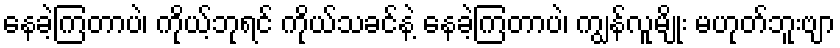
နေခဲ့ကြတာပဲ၊ ကိုယ့်ဘုရင် ကိုယ်သခင်နဲ့ နေခဲ့ကြတာပဲ၊ ကျွန်လူမျိုး မဟုတ်ဘူးဗျာ